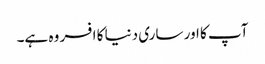
آپ کا اور ساری دنیا کا افسر وہ ہے۔